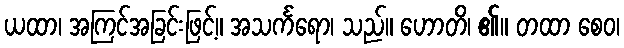
ယထာ၊ အကြင်အခြင်းဖြင့်။ အသင်္ကရော၊ သည်။ ဟောတိ၊ ၏။ တထာ စေဝ၊